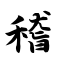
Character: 稽